Scottish Leaving Certificate Examination, 1957
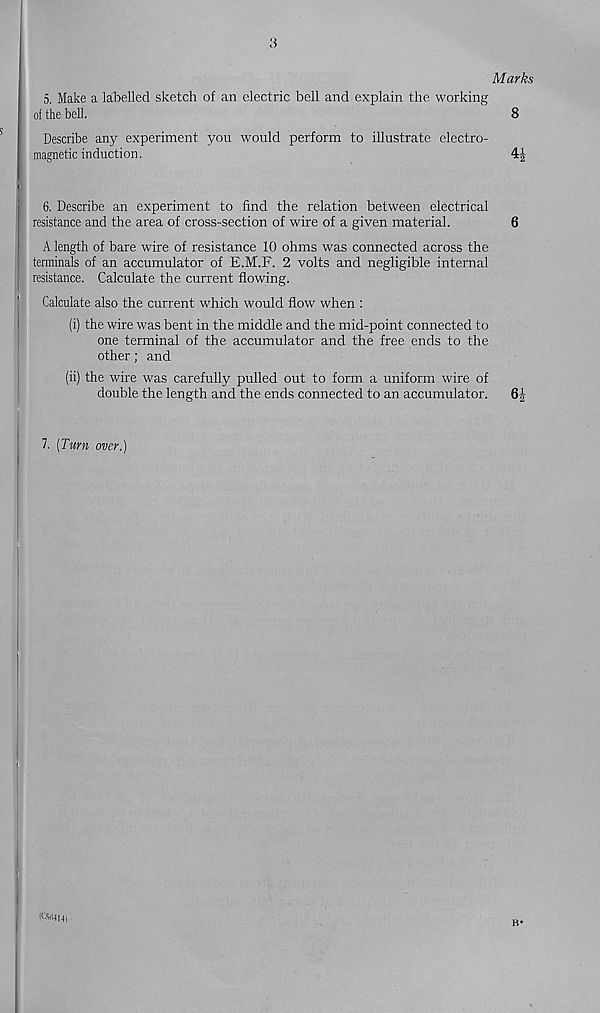
Marks
5, Make a labelled sketch of an electric bell and explain the working
oi the bell.
8
Describe any experiment you would perform to illustrate electro-
magnetic induction.
6. Describe an experiment to find the relation between electrical
resistance and the area of cross-section of wire of a given material.
6
A length of bare wire of resistance 10 ohms was connected across the
terminals of an accumulator of E.M.F. 2 volts and negligible internal
resistance. Calculate the current flowing.
Calculate also the current which would flow when :
(i) the wire was bent in the middle and the mid-point connected to
one terminal of the accumulator and the free ends to the
other; and
(ii) the wire was carefully pulled out to form a uniform wire of
double the length and the ends connected to an accumulator.
7. (Turn, over.)
B*
(tsivlm